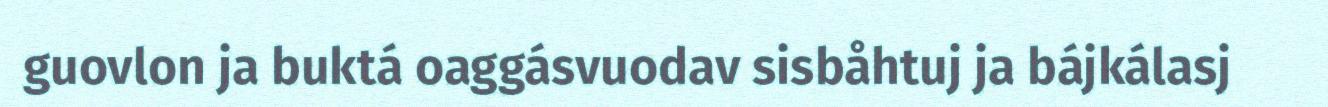
guovlon ja buktá oaggásvuodav sisbåhtuj ja bájkálasj